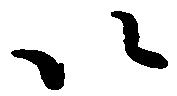
以